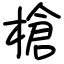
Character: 槍